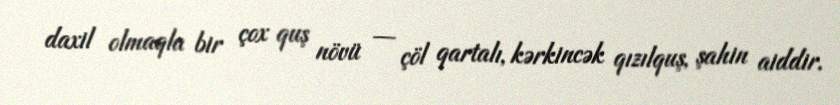
daxil olmaqla bir çox quş növü — çöl qartalı, kərkincək qızılquş, şahin aiddir.